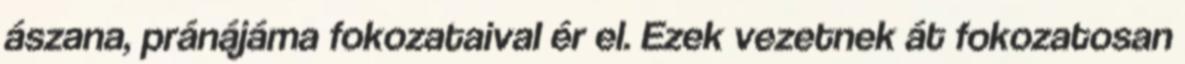
ászana, pránájáma fokozataival ér el. Ezek vezetnek át fokozatosan